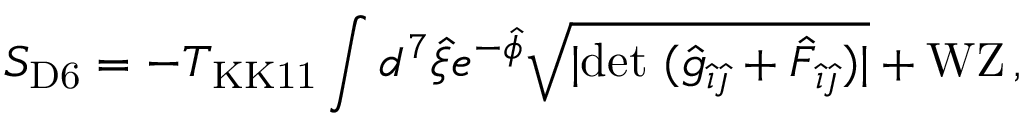
S _ { \mathrm { D 6 } } = - T _ { \mathrm { K K 1 1 } } \int d ^ { 7 } \hat { \xi } e ^ { - \hat { \phi } } \sqrt { | \mathrm { d e t } \ ( \hat { g } _ { \hat { \imath } \hat { \jmath } } + { \hat { \cal F } } _ { \hat { \imath } \hat { \jmath } } ) | } + \mathrm { W Z } \, ,